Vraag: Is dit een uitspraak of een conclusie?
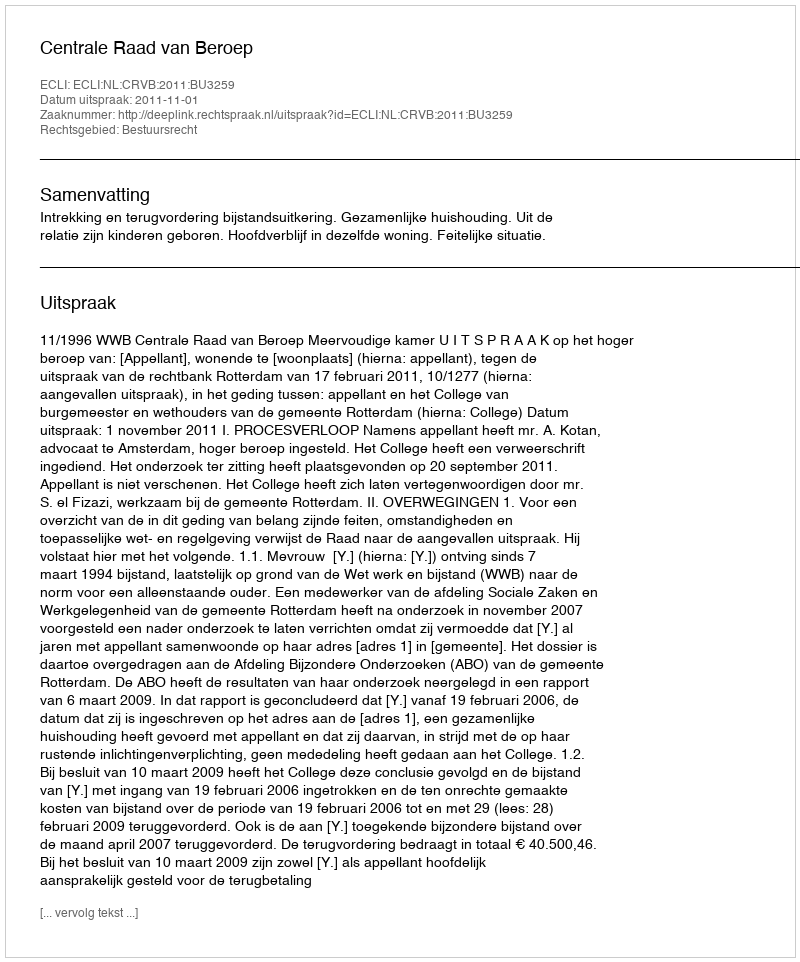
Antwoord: Uitspraak